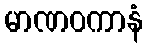
မာဏဝကာနံ